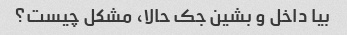
بیا داخل و بشین جک حالا، مشکل چیست؟